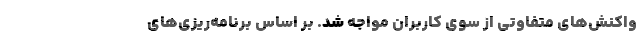
واکنش‌های متفاوتی از سوی کاربران مواجه شد. بر اساس برنامه‌ریزی‌های